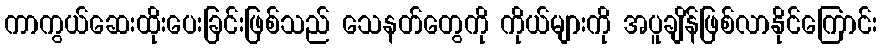
ကာကွယ်ဆေးထိုးပေးခြင်းဖြစ်သည် သေနတ်တွေကို ကိုယ်များကို အပူချိန်ဖြစ်လာနိုင်ကြောင်း